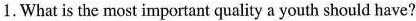
What is the most important quality a youth should have?